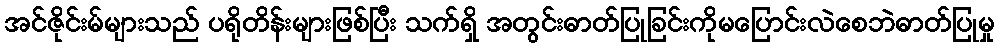
အင်ဇိုင်းမ်များသည် ပရိုတိန်းများဖြစ်ပြီး သက်ရှိ အတွင်းဓာတ်ပြုခြင်းကိုမပြောင်းလဲစေဘဲဓာတ်ပြုမှု